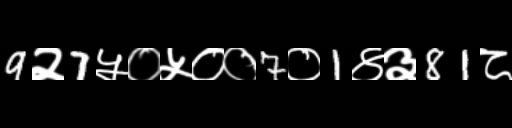
Text: 9२7५०५००7०1४३81८